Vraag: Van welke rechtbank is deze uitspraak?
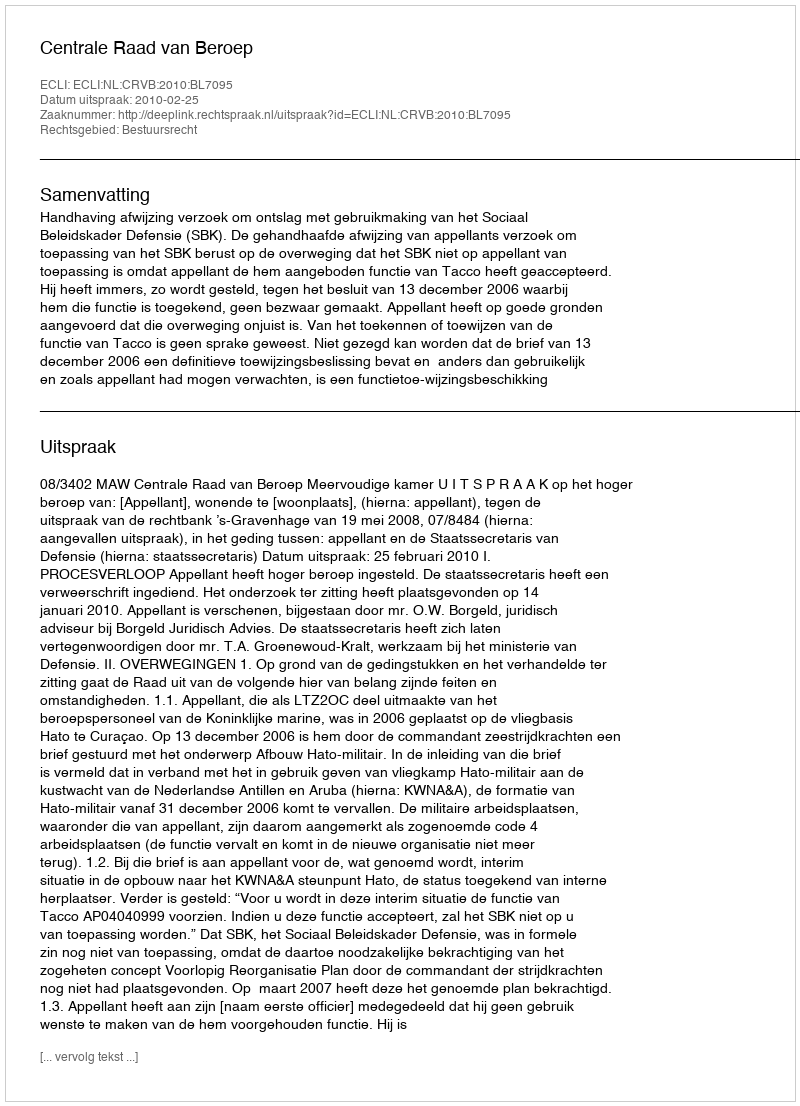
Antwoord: Centrale Raad van Beroep